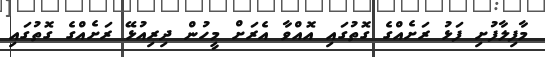
މާފިލާފުށި ފަޅު ރަށެއްގެ ގޮތުގައި އޮއްވާ އެރަށް މީހުން ދިރިއުޅޭ ރަށެއްގެ ގޮތުގައި